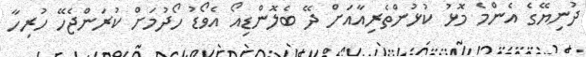
ދުނިޔޭގެ އެންމެ މޮޅު ކުޅުންތެރިއާއަށް ދޭ ބެލޮންޑިއޯ އެވޯޑު ހޯދުމަށް ކުރަންޖެހޭ ހުރިހާ